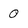
Character: 0